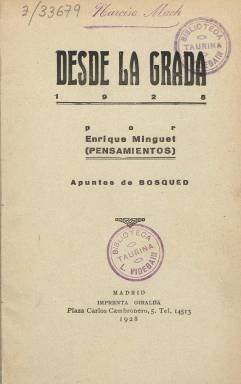
Título: Desde la grada
Colección: Toros
Ámbito geográfico: Madrid
Lugar de publicación: Madrid
Fechas: 01/01/1918-31/12/1935

Publicación anual dedicada a repasar los principales acontecimientos taurinos de cada temporada realizada por Enrique Minguet Calderón de la Barca, que firmaba con el seudónimo de Pensamientos y que fue autor de numerosas obras relacionadas con el mundo del toreo. En la BNE figura como autor de un total de 19 obras y como participante en otras 9, aunque no todas de temática taurina.

   Esta revista es en realidad continuación del Anuario taurino que Pensamientos había iniciado en 1913 y que se prolongó hasta 1917. En efecto, Desde la grada comienza su andadura en 1918 con una temática similar, dando cuenta de forma pormenorizada de la temporada taurina.

   En el prólogo de la nueva publicación el autor destaca la retirada de los ruedos en 1918 de dos grandes figuras: Vicente Pastor y Rafael Gómez ‘Gallo’, e incluye un buen resumen de lo que se puede encontrar en las más de 200 páginas de que se compone el tomo, con un índice temático al final. ‘Aquí en este libro hallarás, lector querido, reseña de las corridas más salientes del año; hallarás también relación de las ferias más importantes; verás la sección necrológica donde figuran los amigos que se fueron; hallarás un juicio crítico, tan breve como sincero, de los ganaderos de reses bravas, matadores de toros y de novillos y, por último, hallarás el capítulo dedicado a los dos madrileños que en esta temporada se retiraron del toreo, todo expuesto con el mayor número posible de detalles’.

   De destacar de la temporada de 1918 es que menos gente que otros años asistió a las corridas debido a la epidemia de gripe de ese año que, según el autor, se dejó sentir en España ya desde el mes de febrero.

   Cada uno de los números viene con una cubierta con fotografías de escenas taurinas y se compone por lo general de más de 200 páginas, aunque hay algunos con menos y sobresale uno con más de 300 páginas, el correspondiente al año 1927, que fue un año excepcional gracias sobre todo a las faenas de toreros como Juan Belmonte y Marcial Lalanda. Por el contrario, cabe destacar el año 1922, uno de los peores a juicio del autor, quien escribió: ‘La temporada de 1922 fue una de las más desastrosas que se han conocido. En ella murieron, a consecuencia de cornadas, Manuel Granero, Varelito y los modestos novilleros Lagartija y Chico de Basurto. Fue un año fatídico; todo él transcurrió de modo monótono, celebrándose menos corridas que en temporadas anteriores, y casi todas ellas resultaron exageradamente aburridas’.

   La BNE no posee todos los números de la publicación, que concluye con el resumen de 1935. El del año siguiente ya no se publicó debido a la Guerra Civil. Curiosamente, se editaron conjuntamente los años 1932, 1933 y 1934.

   El éxito que tenía ésta y otras obras de Pensamientos puede constatarse viendo la última página de los últimos números de Desde la grada, donde se incluyen todas las ediciones taurinas del autor con sus respectivos precios. La mayoría de las obras figuran como agotadas, lo que refleja la enorme popularidad de que gozaban los toros en la época.

[Descripción publicada el 17/08/2022]